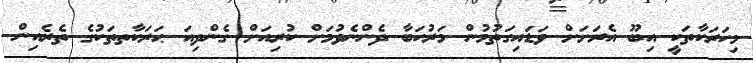
މިހަރަކާތަކީ އިބޫ އެރަށަށް ވަޑައިގަތުމުން މަރުހަބާ ދެންނެވުމަށް ކުރިއަށް ގެންދިއަ ޙަރަކާތތަކުގެ ތެރެއިން